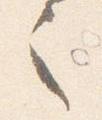
之